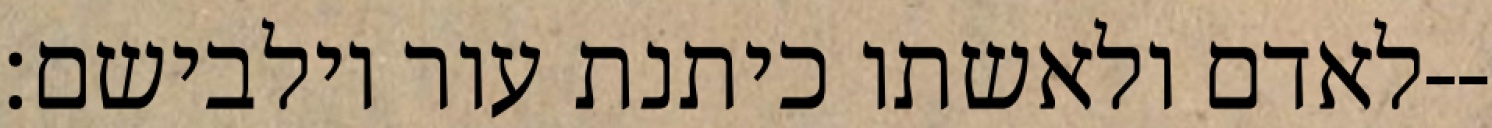
לאדם ולאשתו כיתנת עור וילבישם׃--